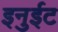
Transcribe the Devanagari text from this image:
इनुईट